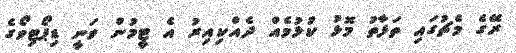
ރޭގެ މެޗުގައި ތަފާތު މޮޅު ކުޅުމެއް ދެއްކިއިރު އެ ޓީމުން ވަނީ ޑިޕޯޓިވޯގެ